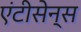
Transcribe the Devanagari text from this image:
एंटीसेन्स